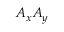
A _ { x } A _ { y }